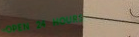
OPEN 24 HOURS